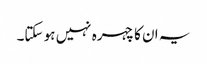
یہ ان کا چہرہ نہیں ہو سکتا۔